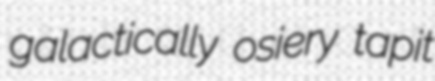
galactically osiery tapit